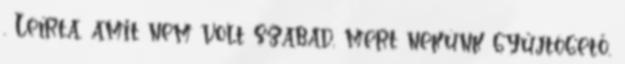
. Leírta, amit nem volt szabad, mert nekünk gyűjtögető,